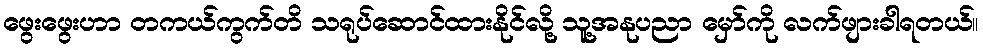
ဖွေးဖွေးဟာ တကယ်ကွက်တိ သရုပ်ဆောင်ထားနိုင်လို့ သူ့အနုပညာ မှော်ကို လက်ဖျားခါရတယ်။